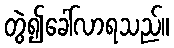
တွဲ၍ခေါ်လာရသည်။